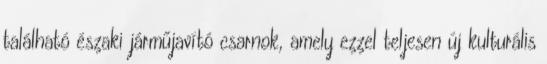
található északi járműjavító csarnok, amely ezzel teljesen új kulturális